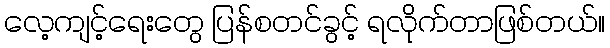
လေ့ကျင့်ရေးတွေ ပြန်စတင်ခွင့် ရလိုက်တာဖြစ်တယ်။